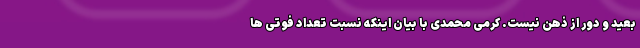
بعید و دور از ذهن نیست. کرمی محمدی با بیان اینکه نسبت تعداد فوتی ها